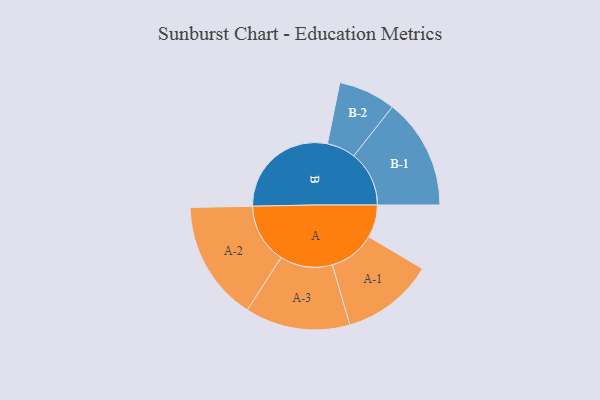
{"axis": {"x": "Segment", "y": "Value"}, "legend": ["", "A", "B"], "data": [{"x": "A", "y": 135, "type": ""}, {"x": "B", "y": 452, "type": ""}, {"x": "A-1", "y": 190, "type": "A"}, {"x": "A-2", "y": 247, "type": "A"}, {"x": "A-3", "y": 216, "type": "A"}, {"x": "B-1", "y": 228, "type": "B"}, {"x": "B-2", "y": 118, "type": "B"}]}